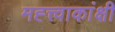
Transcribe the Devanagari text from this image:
मह्त्त्वाकांक्षी